Civil Veterinary Dept. Bombay admin report 1932-41 - 1932-1941
Year: 1932
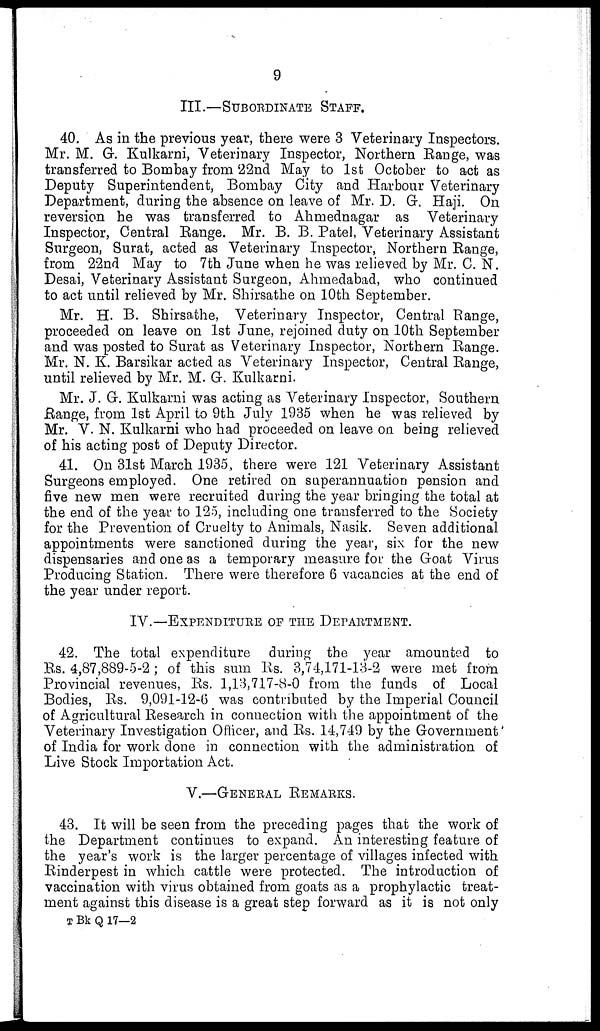
9
III.—SUBORDINATE STAFF.
40. As in the previous year, there were 3 Veterinary Inspectors.
Mr. M. G. Kulkarni, Veterinary Inspector, Northern Range, was
transferred to Bombay from 22nd May to 1st October to act as
Deputy Superintendent, Bombay City and Harbour Veterinary
Department, during the absence on leave of Mr. D. G. Haji On
reversion he was transferred to Ahmednagar as Veterinary
Inspector, Central Range. Mr. B. B. Patel, Veterinary Assistant
Surgeon, Surat, acted as Veterinary Inspector, Northern Range,
from 22nd May to 7th June when he was relieved by Mr. C. N.
Desai, Veterinary Assistant Surgeon, Ahmedabad, who continued
to act until relieved by Mr. Shirsathe on 10th September.
Mr. H. B. Shirsathe, Veterinary Inspector, Central Range,
proceeded on leave on 1st June, rejoined duty on 10th September
and was posted to Surat as Veterinary Inspector, Northern Range.
Mr. N. K. Barsikar acted as Veterinary Inspector, Central Range,
until relieved by Mr. M. G. Kulkarni.
Mr. J. G. Kulkarni was acting as Veterinary Inspector, Southern
Range, from 1st April to 9th July 1935 when he was relieved by
Mr. V. N. Kulkarni who had proceeded on leave on being relieved
of his acting post of Deputy Director.
41. On 31st March 1935, there were 121 Veterinary Assistant
Surgeons employed. One retired on superannuation pension and
five new men were recruited during the year bringing the total at
the end of the year to 125, including one transferred to the Society
for the Prevention of Cruelty to Animals, Nasik. Seven additional
appointments were sanctioned during the year, six for the new
dispensaries and one as a temporary measure for the Goat Virus
Producing Station. There were therefore 6 vacancies at the end of
the year under report.
IV.—EXPENDITURE OF THE DEPARTMENT.
42. The total expenditure during the year amounted to
Rs. 4,87,889-5-2; of this sum Rs. 3,74,171-13-2 were met from
Provincial revenues, Rs. 1,13,717-8-0 from the funds of Local
Bodies, Rs. 9,091-12-6 was contributed by the Imperial Council
of Agricultural Research in connection with the appointment of the
Veterinary Investigation Officer, and Rs. 14,749 by the Government
of India for work done in connection with the administration of
Live Stock Importation Act.
V.—GENERAL REMARKS.
43. It will be seen from the preceding pages that the work of
the Department continues to expand. An interesting feature of
the year's work is the larger percentage of villages infected with
Rinderpest in which cattle were protected. The introduction of
vaccination with virus obtained from goats as a prophylactic treat-
ment against this disease is a great step forward as it is not only
T Bk Q 17—2